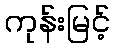
ကုန်းမြင့်